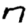
Digit: 7